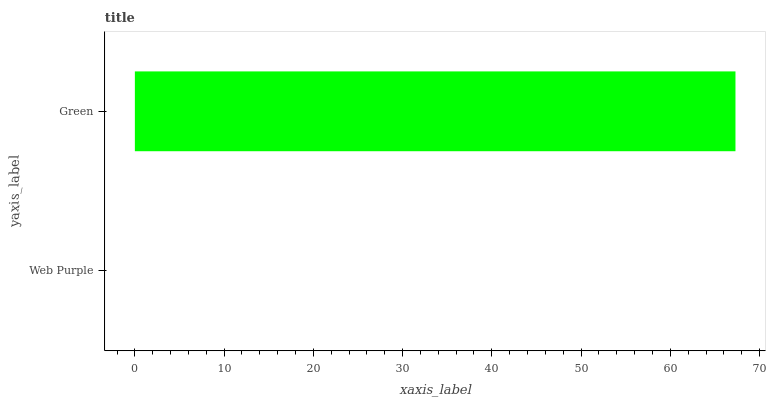
| yaxis_label | bars |
 | --- | --- |
 | Web Purple | 0 |
 | Green | 67.3 |